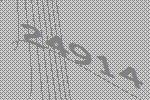
24914